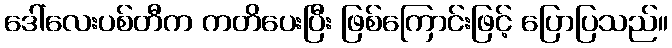
ဒေါ်လေးပစ်တီက ကတိပေးပြီး ဖြစ်ကြောင်းဖြင့် ပြောပြသည်။